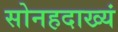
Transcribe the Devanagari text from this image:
सोनहदाख्यं